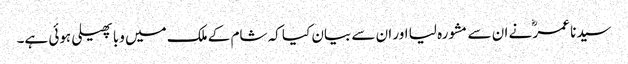
سیدنا عمرؓ نے ان سے مشورہ لیا اور ان سے بیان کیا کہ شام کے ملک میں وبا پھیلی ہوئی ہے۔